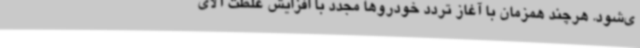
ی‌شود. هرچند همزمان با آغاز تردد خودروها مجدد با افزایش غلظت آلای